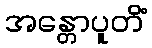
အန္တောပူတိံ